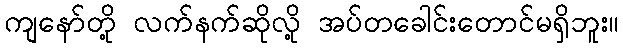
ကျနော်တို့ လက်နက်ဆိုလို့ အပ်တခေါင်းတောင်မရှိဘူး။